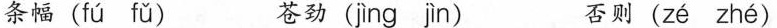
条幅( fú fǔ ) 苍劲( jìng jìn ) 否则( zé zhé )